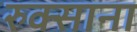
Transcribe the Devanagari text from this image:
रुक्साना